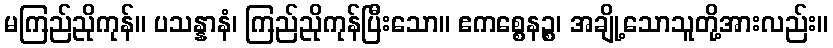
မကြည်ညိုကုန်။ ပသန္နာနံ၊ ကြည်ညိုကုန်ပြီးသော။ ဧကစ္စေနဉ္စ၊ အချို့သောသူတို့အားလည်း။